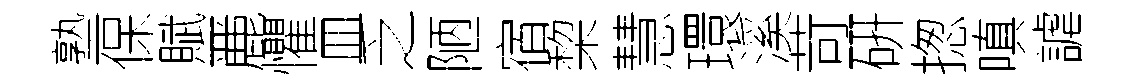
塾保賦䴡懼皿乏陋宿棃慧環溪苛硏揔嗔謔